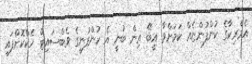
އެމެރިކާގެ ކުންފުންޏެއް ކަމަށްވާ އީބޭ އިން ބުނީ އެ ކުންފުނީގެ ވެބްސައިޓް ހެކްކޮށްފައި